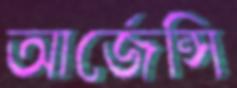
আর্জেন্সি